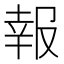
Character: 報